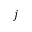
j